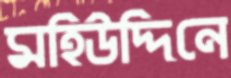
মহিউদ্দিনে